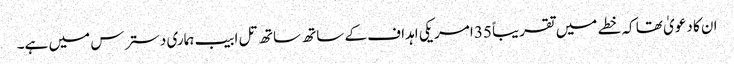
ان کا دعویٰ تھا کہ خطے میں تقریباً 35 امریکی اہداف کے ساتھ ساتھ تل ابیب ہماری دسترس میں ہے۔